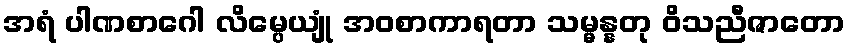
အရံ ပါဏစာဂေါ လိမ္ပေယျုံ အဝစာကာရတာ သမ္မန္နတု ဝိသညီဇာတော